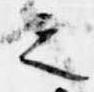
之